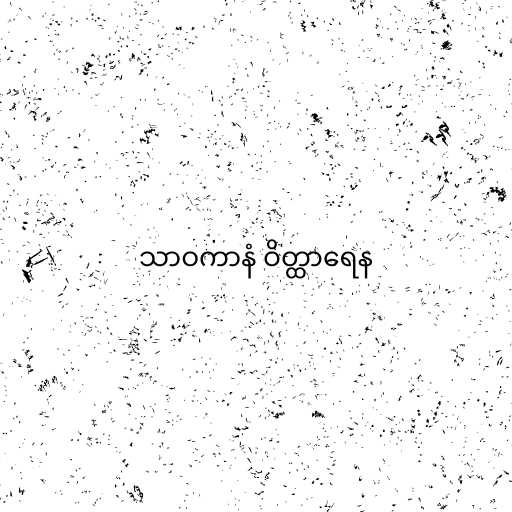
သာဝကာနံ ဝိတ္ထာရေန